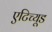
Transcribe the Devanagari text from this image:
एटिच्यूड